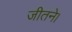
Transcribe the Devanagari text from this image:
जीतने।